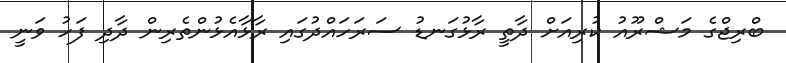
ބްރިޖްގެ މަޝްރޫއު ކުރިއަށް ދާތީ ރާޅުގަނޑު ސަރަހައްދުގައި ރާޅާއެޅުންތެރިން ދާދި ފަހު ވަނީ